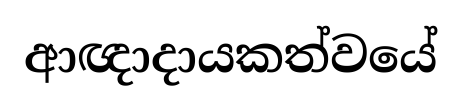
ආඥාදායකත්වයේ